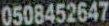
0508452647